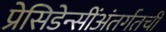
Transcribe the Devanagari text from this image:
प्रेसिडेन्सींअंतर्गतची